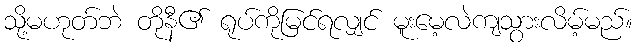
သို့မဟုတ်ဘဲ တိုနီ၏ ရုပ်ကိုမြင်ရလျှင် မူးမေ့လဲကျသွားလိမ့်မည်။